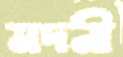
মদনী